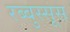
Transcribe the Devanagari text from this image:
रब्बुस्सूस